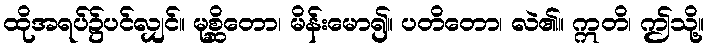
ထိုအရပ်၌ပင်လျှင်။ မုစ္ဆိတော၊ မိန်းမော၍။ ပတိတော၊ လဲ၏။ ဣတိ၊ ဤသို့။